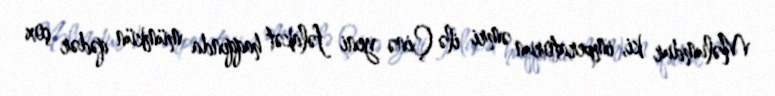
Məlumdur ki, imperatorun əmri ilə Çinə yeni fəlakət haqqında mümkün qədər çox